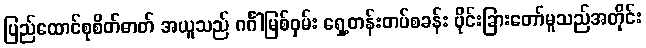
ပြည်ထောင်စုစိတ်ဓာတ် အယူသည် ဂင်္ဂါမြစ်ဝှမ်း ရှေ့တန်းတပ်စခန်း ပိုင်းခြားတော်မူသည်အတိုင်း